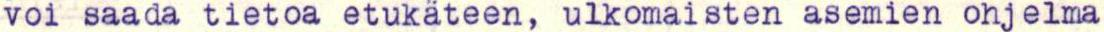
voi saada tietoa etukäteen, ulkomaisten asemien ohjelma